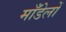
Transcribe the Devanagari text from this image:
माँडेलों